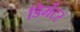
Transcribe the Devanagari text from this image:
डिमेंटर